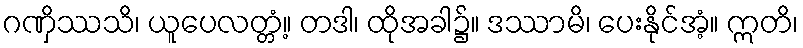
ဂဏှိဿသိ၊ ယူပေလတ္တံ့။ တဒါ၊ ထိုအခါ၌။ ဒဿာမိ၊ ပေးနိုင်အံ့။ ဣတိ၊